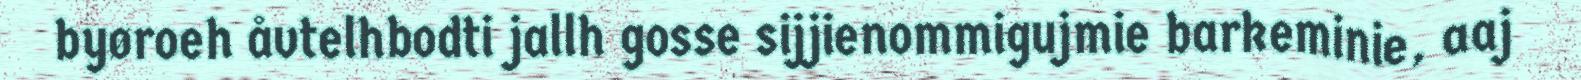
byøroeh åvtelhbodti jallh gosse sijjienommigujmie barkeminie, aaj